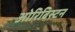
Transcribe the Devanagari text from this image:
ओरिबिस्टन